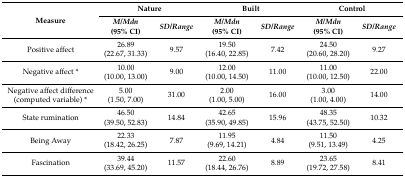
| <ROWSPAN=2> Measure | <COLSPAN=2> Nature | <COLSPAN=2> Built | <COLSPAN=2> Control |
 | M/Mdn(95% CI) | SD/Range | M/Mdn(95% CI) | SD/Range | M/Mdn(95% CI) | SD/Range |
 | --- | --- | --- | --- | --- | --- | --- |
 | Positive affect | 26.89(22.67, 31.33) | 9.57 | 19.50 (16.40, 22.85) | 7.42 | 24.50(20.60, 28.20) | 9.27 |
 | Negative affect * | 10.00 (10.00, 13.00) | 9.00 | 12.00 (10.00, 14.50) | 11.00 | 11.00(10.00, 12.50) | 22.00 |
 | Negative affect difference (computed variable) * | 5.00 (1.50, 7.00) | 31.00 | 2.00 (1.00, 5.00) | 16.00 | 3.00(1.00, 4.00) | 14.00 |
 | State rumination | 46.50(39.50, 52.83) | 14.84 | 42.65(35.90, 49.85) | 15.96 | 48.35(43.75, 52.50) | 10.32 |
 | Being Away | 22.33(18.42, 26.25) | 7.87 | 11.95(9.69, 14.21) | 4.84 | 11.50(9.51, 13.49) | 4.25 |
 | Fascination | 39.44(33.69, 45.20) | 11.57 | 22.60(18.44, 26.76) | 8.89 | 23.65(19.72, 27.58) | 8.41 |